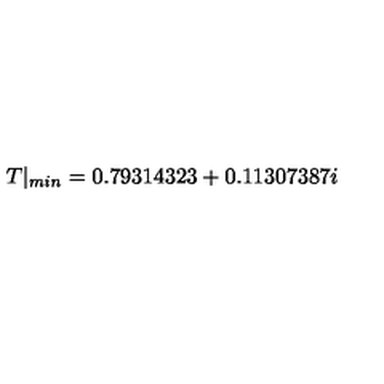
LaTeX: T | _ { m i n } = 0 . 7 9 3 1 4 3 2 3 + 0 . 1 1 3 0 7 3 8 7 i